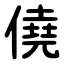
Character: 僥